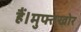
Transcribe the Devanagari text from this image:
हैं।मुफ्तखोर